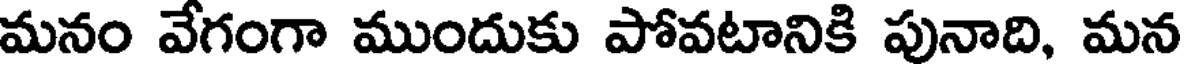
మనం వేగంగా ముందుకు పోవటానికి పునాది, మన